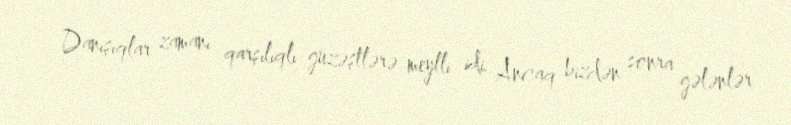
Danışıqlar zamanı qarşılıqlı güzəştlərə meylli idi. Ancaq bizdən sonra gələnlər